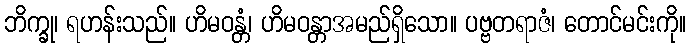
ဘိက္ခု၊ ရဟန်းသည်။ ဟိမဝန္တံ၊ ဟိမဝန္တာအမည်ရှိသော။ ပဗ္ဗတရာဇံ၊ တောင်မင်းကို။